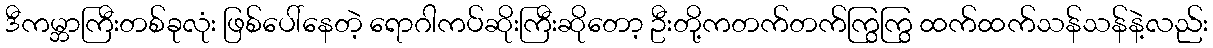
ဒီကမ္ဘာကြီးတစ်ခုလုံး ဖြစ်ပေါ်နေတဲ့ ရောဂါကပ်ဆိုးကြီးဆိုတော့ ဦးတို့ကတက်တက်ကြွကြွ ထက်ထက်သန်သန်နဲ့လည်း